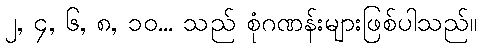
၂, ၄, ၆, ၈, ၁၀... သည် စုံဂဏန်းများဖြစ်ပါသည်။